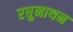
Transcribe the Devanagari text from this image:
रघुनाथन